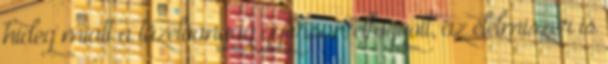
hideg miatt a tüzelőanyag gyorsan elfogyott, az élelmiszer is